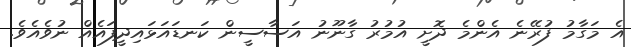
އެ މަގާމު ފުރޭނެ އެންމެ ދޮށީ އުމުރު ގާނޫނު އަސާސީން ކަނޑައަޅައިދީފައެއް ނުވެއެވެ.